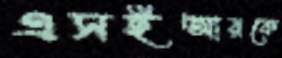
এসইআরকে